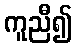
ကူညီ၍